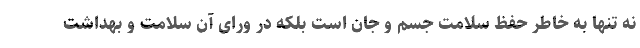
نه تنها به خاطر حفظ سلامت جسم و جان است بلکه در ورای آن سلامت و بهداشت